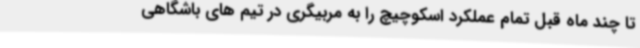
تا چند ماه قبل تمام عملکرد اسکوچیچ را به مربیگری در تیم های باشگاهی